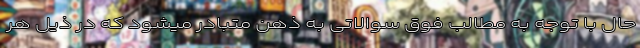
حال با توجه به مطالب فوق سوالاتی به ذهن متبادر میشود که در ذیل هر